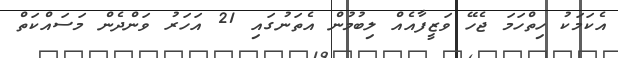
އެކަމަކު ހިތްހަމަ ޖެހޭ ވަޒީފާއެއް ލިބުމުން އެތަނުގައި 21 އަހަރު ވަންދެން މަސައްކަތް